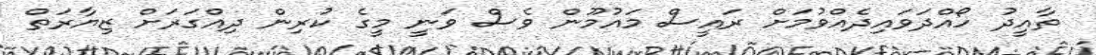
ތާއީދު ހޯއްދަވައިދެއްވުމަށް ރައީސް މައުމޫން ވެސް ވަނީ މީގެ ކުރިން ދިއްގަރަށް ޒިޔާރަތް